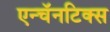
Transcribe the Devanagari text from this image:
एन्चॅनटिक्स